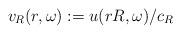
LaTeX: \begin{align*} v_R(r, \omega):= u(rR, \omega)/c_R \end{align*}